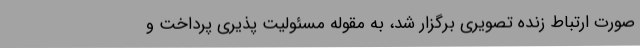
صورت ارتباط زنده تصویری برگزار شد، به مقوله مسئولیت پذیری پرداخت و